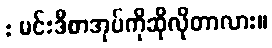
: မင်းဒီစာအုပ်ကိုဆိုလိုတာလား။